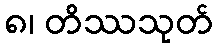
၈၊ တိဿသုတ်